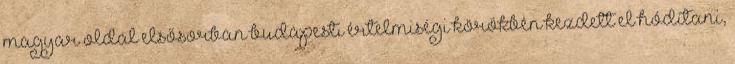
magyar oldal elsősorban budapesti értelmiségi körökben kezdett el hódítani,